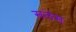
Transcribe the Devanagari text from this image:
सलेस